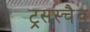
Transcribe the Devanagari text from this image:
ट्रसस्चैव